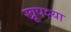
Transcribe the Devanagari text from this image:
खूपश्या